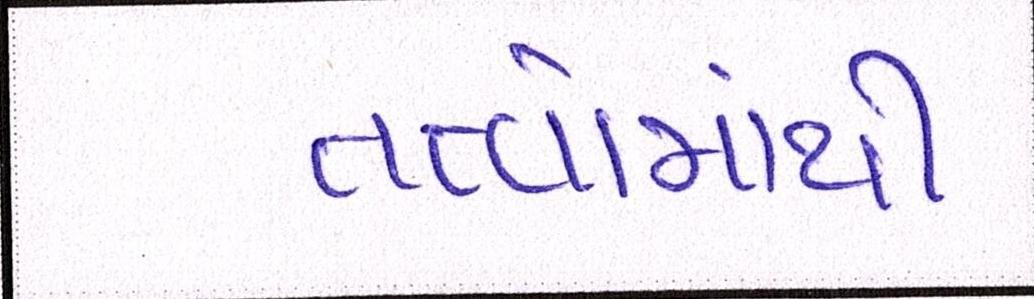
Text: તત્વોમાંથી